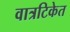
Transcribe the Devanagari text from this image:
वात्रटिकेत